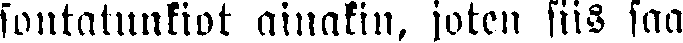
sontatunkiot ainakin, joten siis saa